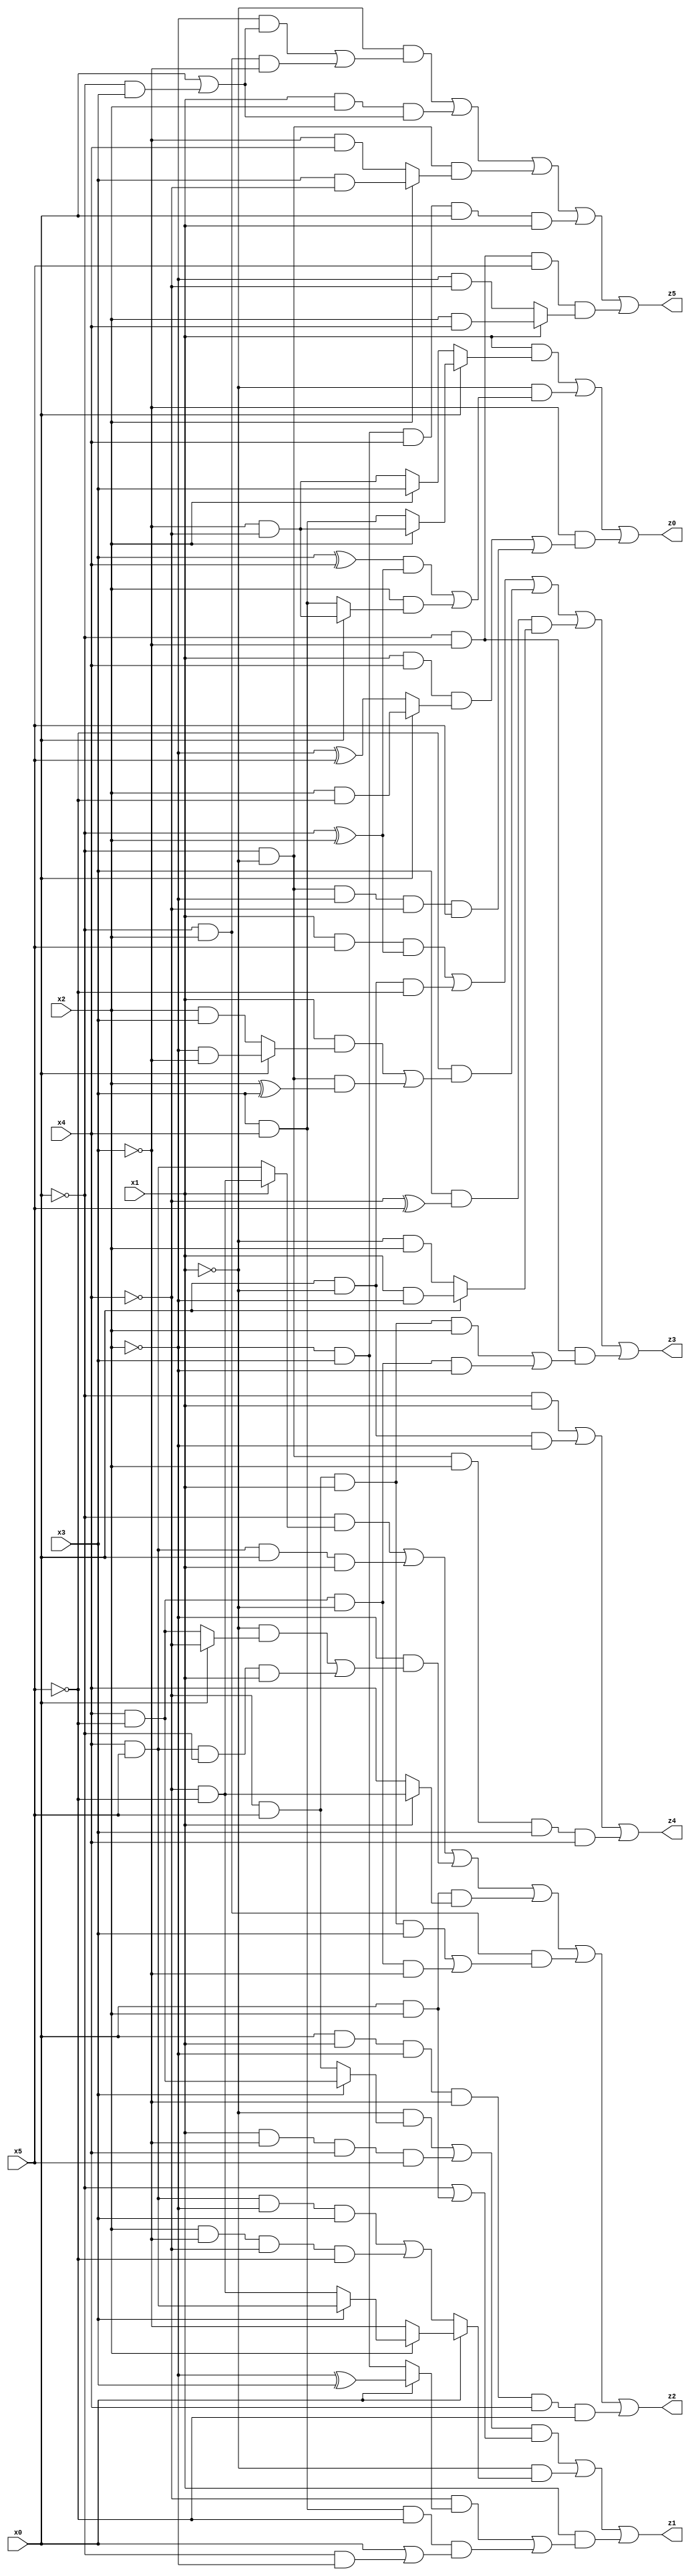
// Benchmark "X_23" written by ABC on Wed Jun 07 23:37:01 2023

module X_23 ( 
    x0, x1, x2, x3, x4, x5,
    z0, z1, z2, z3, z4, z5  );
  input  x0, x1, x2, x3, x4, x5;
  output z0, z1, z2, z3, z4, z5;
  assign z0 = (x1 & (x0 ? (x2 ? (~x3 & ~x4) : (x3 & x4)) : (x2 ? x3 : (~x3 & ~x4)))) | (~x1 & (((x3 ^ x4) & (~x0 ^ x2)) | (x2 & (x0 ? (~x3 & ~x4) : (x3 & x4))))) | (~x3 & ((x1 & x4 & (x0 ? (x2 & ~x5) : (~x2 ^ x5))) | (~x0 & ~x1 & ~x2 & ~x4 & x5)));
  assign z1 = (((~x1 & (x3 ? (x4 & ~x5) : (~x4 & x5))) | (x1 & ~x3 & x4 & x5)) & (~x0 | (x0 & x2))) | (~x1 & (x0 ? (x2 ? (x3 ? (x4 & x5) : (~x4 & ~x5)) : ~x3) : ((x4 & x5 & ~x2 & x3) | (x2 & ~x3 & ~x4 & ~x5)))) | (x1 & ((~x4 & (x0 ? (~x2 ^ x3) : (~x2 & x3))) | (x3 & x4 & ~x5 & (x0 | (~x0 & ~x2)))));
  assign z2 = (~x0 & (x1 ? (~x4 & ~x5) : (x4 & x5))) | (x4 & x5 & x0 & x1) | (~x2 & ((~x1 & (x0 ? ~x4 : (x4 & ~x5))) | (x4 & x5 & ~x0 & x1))) | (x0 & x2 & (x1 ? (~x4 & ~x5) : x4)) | (~x0 & x2 & ((~x4 & x5 & x1 & x3) | (x4 & ~x5 & ~x1 & ~x3))) | (x0 & x1 & ~x2 & ~x3 & x4 & ~x5);
  assign z3 = (x1 & x5 & (~x0 ^ x2)) | (x0 & ~x1 & ~x5) | (~x5 & ((x1 & (x0 ? (~x2 & ~x3) : (x2 & x3))) | (~x0 & ~x1 & (x2 ^ x3)))) | (x3 & (~x4 ^ x5) & (x0 ? (x1 & ~x2) : (~x1 & x2))) | (~x0 & ~x3 & ((~x4 & x5 & x1 & x2) | (x4 & ~x5 & ~x1 & ~x2)));
  assign z4 = (~x0 & x1) | (x0 & ~x1 & ~x2) | (~x0 & ~x1 & x2 & x3 & x4);
  assign z5 = (~x1 & ((~x2 & (x0 | (~x0 & x3))) | (~x0 & x2 & ~x3))) | (x1 & x2 & (x0 | (~x0 & x3))) | (~x0 & ~x1 & (x2 ? (x3 & ~x4) : (~x3 & x4))) | (~x2 & x3 & x4 & x0 & x1) | (~x0 & ~x3 & x5 & (x1 ? (x2 & x4) : (~x2 & ~x4)));
endmodule